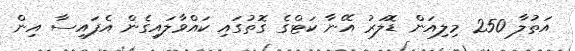
އަތުލާ 250 މިލިއަން ޑޮލަރު އޭނާ ކަޓްގެ ގޮތުގައި ކައްވާލައިގެން އެފައިސާ އިިން